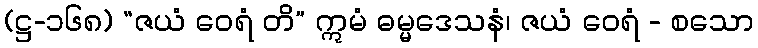
(ဋ္ဌ-၁၆၈) “ဇယံ ဝေရံ တိ” ဣမံ ဓမ္မဒေသနံ၊ ဇယံ ဝေရံ - စသော